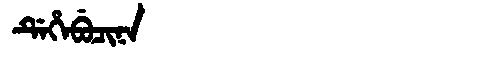
Manchu: ᡩᡝᡥᡝᠪᡠᠴᡳᠨᠠ
Romanization: DEHEBUCINA